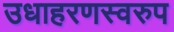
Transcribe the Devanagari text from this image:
उधाहरणस्वरुप